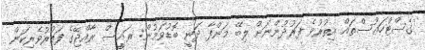
ގެސްޓްހައުސްތައް އިތުރުވެ ފަރުދުންނަށް ލިބޭ މަންފާ ދަނީ ބޮޑުވަމުން: ރައީސް ރާއްޖޭގެ ފަތުރުވެރިކަން